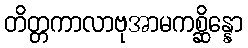
တိတ္တကာလာဗုအာမကစ္ဆိန္နော